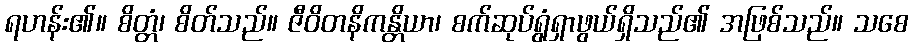
ရဟန်း၏။ စိတ္တံ၊ စိတ်သည်။ ဇီဝိတနိကန္တိယာ၊ စက်ဆုပ်ရွံရှာဖွယ်ရှိသည်၏ အဖြစ်သည်။ သစေ